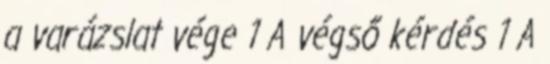
a varázslat vége 1 A végső kérdés 1 A